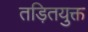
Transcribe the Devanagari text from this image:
तड़ितयुक्त